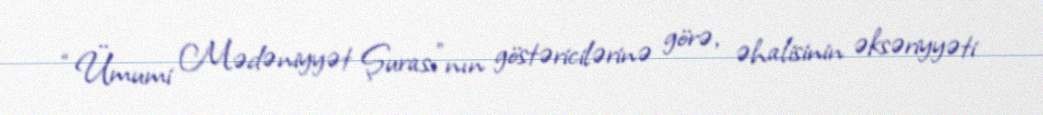
“Ümumi Mədəniyyət Şurası”nın göstəricilərinə görə, əhalisinin əksəriyyəti